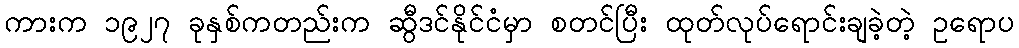
ကားက ၁၉၂၇ ခုနှစ်ကတည်းက ဆွီဒင်နိုင်ငံမှာ စတင်ပြီး ထုတ်လုပ်ရောင်းချခဲ့တဲ့ ဥရောပ